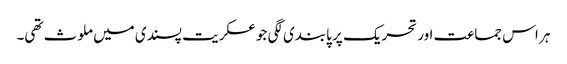
ہر اس جماعت اور تحریک پر پابندی لگی جو عسکریت پسندی میں ملوث تھی۔